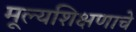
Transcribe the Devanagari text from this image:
मूल्यशिक्षणाचे